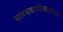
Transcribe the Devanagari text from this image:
सारसबागेजवळच्या